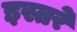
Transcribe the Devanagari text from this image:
इस्तरे